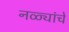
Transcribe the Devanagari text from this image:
नळ्यांचे